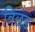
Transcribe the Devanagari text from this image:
बिछड